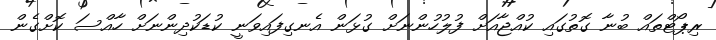
ރިޕޯޓްތައް ބުނާ ގޮތުގައި ކުއްޖާއަށް ފުލުހުންނަށް ގުޅަން އެނގިފައިވަނީ ކުޑަކުދިންނަށް ހާއްސަ ކޮށްގެން